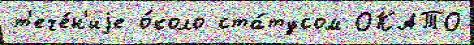
т'ече́н'иjе о́коло ста́тусом ОКАТО